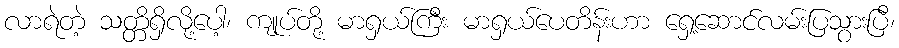
လာရဲတဲ့ သတ္တိရှိလို့ပေါ့၊ ကျုပ်တို့ မာရှယ်ကြီး မာရှယ်ပေတိန်းဟာ ရှေ့ဆောင်လမ်းပြသွားပြီ၊